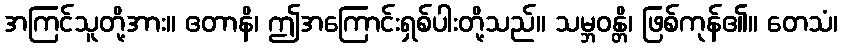
အကြင်သူတို့အား။ ဧတာနိ၊ ဤအကြောင်းရှစ်ပါးတို့သည်။ သမ္ဘဝန္တိ၊ ဖြစ်ကုန်၏။ တေသံ၊